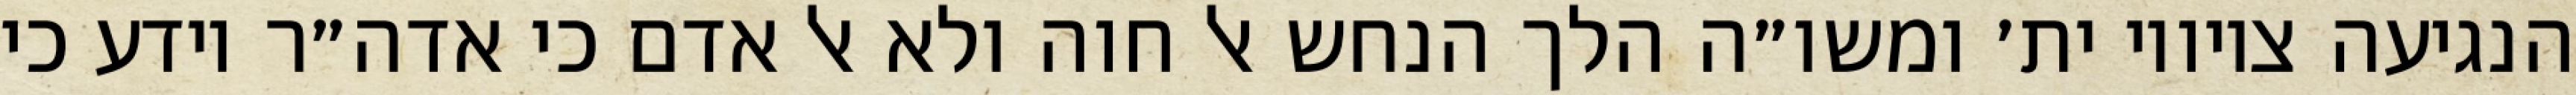
הנגיעה ציוויו ית׳ ומשו״ה הלך הנחש אל חוה ולא אל אדם כי אדה״ר יודע כי